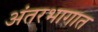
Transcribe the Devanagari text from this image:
अंतरभागात